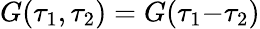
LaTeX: G(\tau_{1},\tau_{2})=G(\tau_{1}{-}\tau_{2})